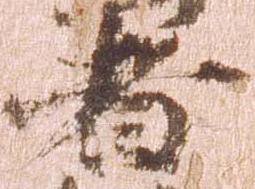
者